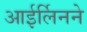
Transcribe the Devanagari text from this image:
आईर्लिनने